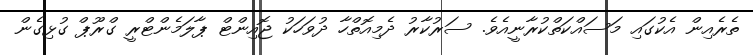
ތެރެއިން އެކުގައި މަސައްކަތްކުރާނީއެވެ. ސަރުކާރު ދެމިއޮތްހާ ދުވަހަކު ޖޮއިންޓް ޕާލަމެންޓްރީ ގްރޫޕް ގުޅިގެން